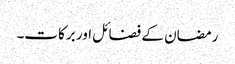
رمضان کے فضائل اور برکات۔